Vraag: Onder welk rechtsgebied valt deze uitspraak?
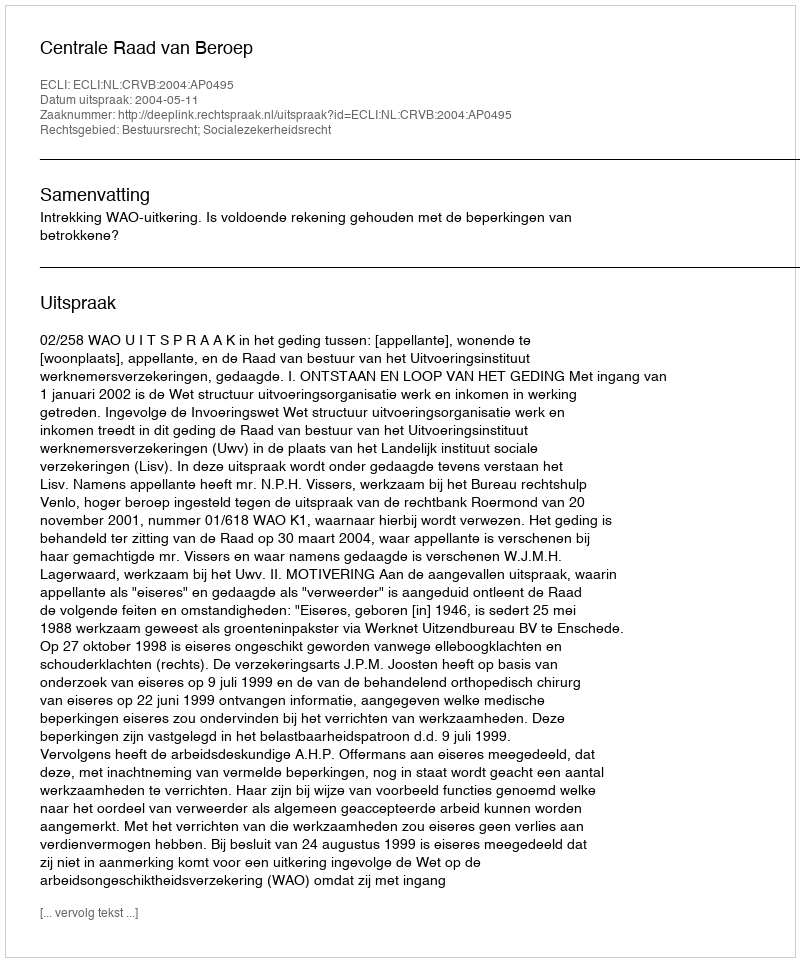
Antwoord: Bestuursrecht; Socialezekerheidsrecht